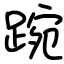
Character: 踠